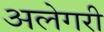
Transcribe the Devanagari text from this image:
अलेगरी